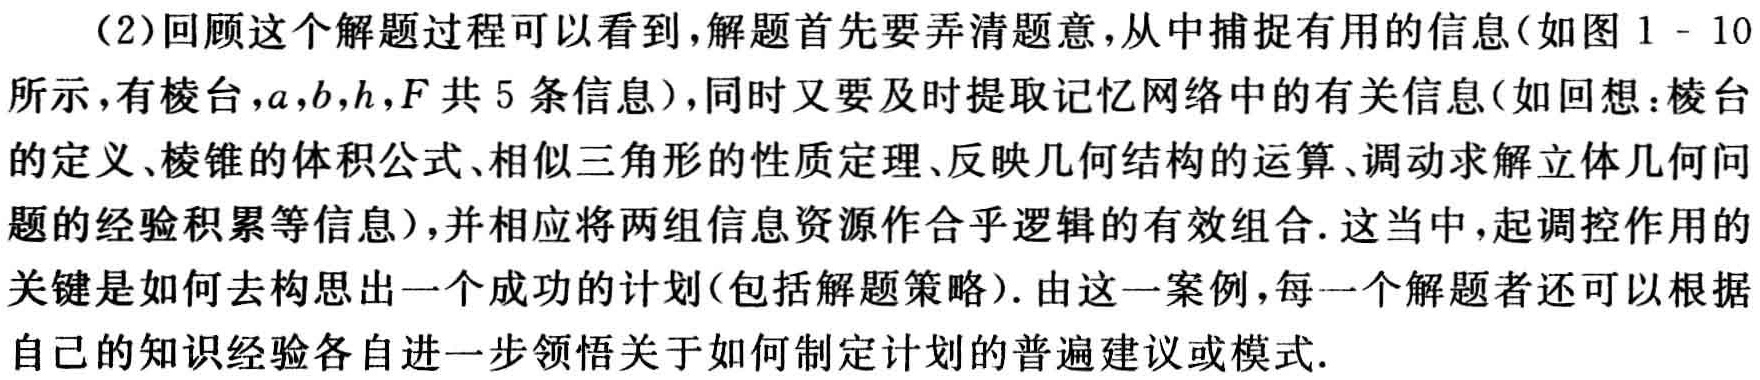
（2）回顾这个解题过程可以看到，解题首先要弄清题意，从中捕捉有用的信息(如图1 - 10所示，有棱台，\(a,b,h,F\)共5条信息)，同时又要及时提取记忆网络中的有关信息(如回想：棱台的定义、棱锥的体积公式、相似三角形的性质定理、反映几何结构的运算、调动求解立体几何问题的经验积累等信息)，并相应将两组信息资源作合乎逻辑的有效组合. 这当中，起调控作用的关键是如何去构思出一个成功的计划(包括解题策略). 由这一案例，每一个解题者还可以根据自己的知识经验各自进一步领悟关于如何制定计划的普遍建议或模式.